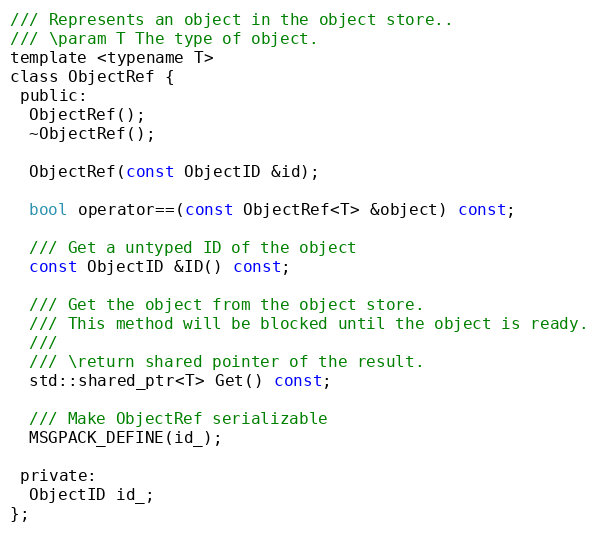
Language: C
/// Represents an object in the object store..
/// \param T The type of object.
template <typename T>
class ObjectRef {
 public:
  ObjectRef();
  ~ObjectRef();

  ObjectRef(const ObjectID &id);

  bool operator==(const ObjectRef<T> &object) const;

  /// Get a untyped ID of the object
  const ObjectID &ID() const;

  /// Get the object from the object store.
  /// This method will be blocked until the object is ready.
  ///
  /// \return shared pointer of the result.
  std::shared_ptr<T> Get() const;

  /// Make ObjectRef serializable
  MSGPACK_DEFINE(id_);

 private:
  ObjectID id_;
};